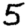
Digit: 5